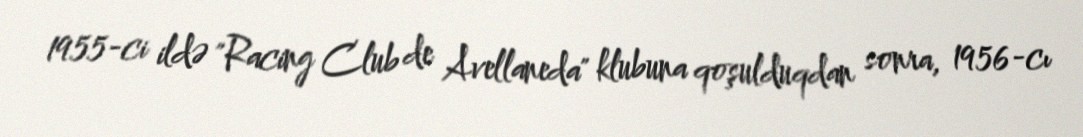
1955-ci ildə "Racing Club de Avellaneda" klubuna qoşulduqdan sonra, 1956-cı